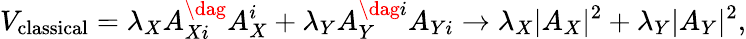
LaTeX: V_{\mathrm{classical}}=\lambda_{X}A_{Xi}^{\dag}A_{X}^{i}+\lambda_{Y}A_{Y}^{\dag i}A_{Yi}\rightarrow\lambda_{X}|A_{X}|^{2}+\lambda_{Y}|A_{Y}|^{2},